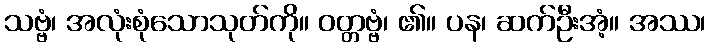
သဗ္ဗံ၊ အလုံးစုံသောသုတ်ကို။ ဝတ္တဗ္ဗံ၊ ၏။ ပန၊ ဆက်ဦးအံ့။ အဿ၊